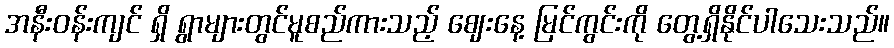
အနီးဝန်းကျင် ရှိ ရွာများတွင်မူစည်ကားသည့် ဈေးနေ့ မြင်ကွင်းကို တွေ့ရှိနိုင်ပါသေးသည်။